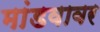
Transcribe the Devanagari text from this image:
मांडवावर